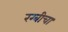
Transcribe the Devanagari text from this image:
रग्बीचा